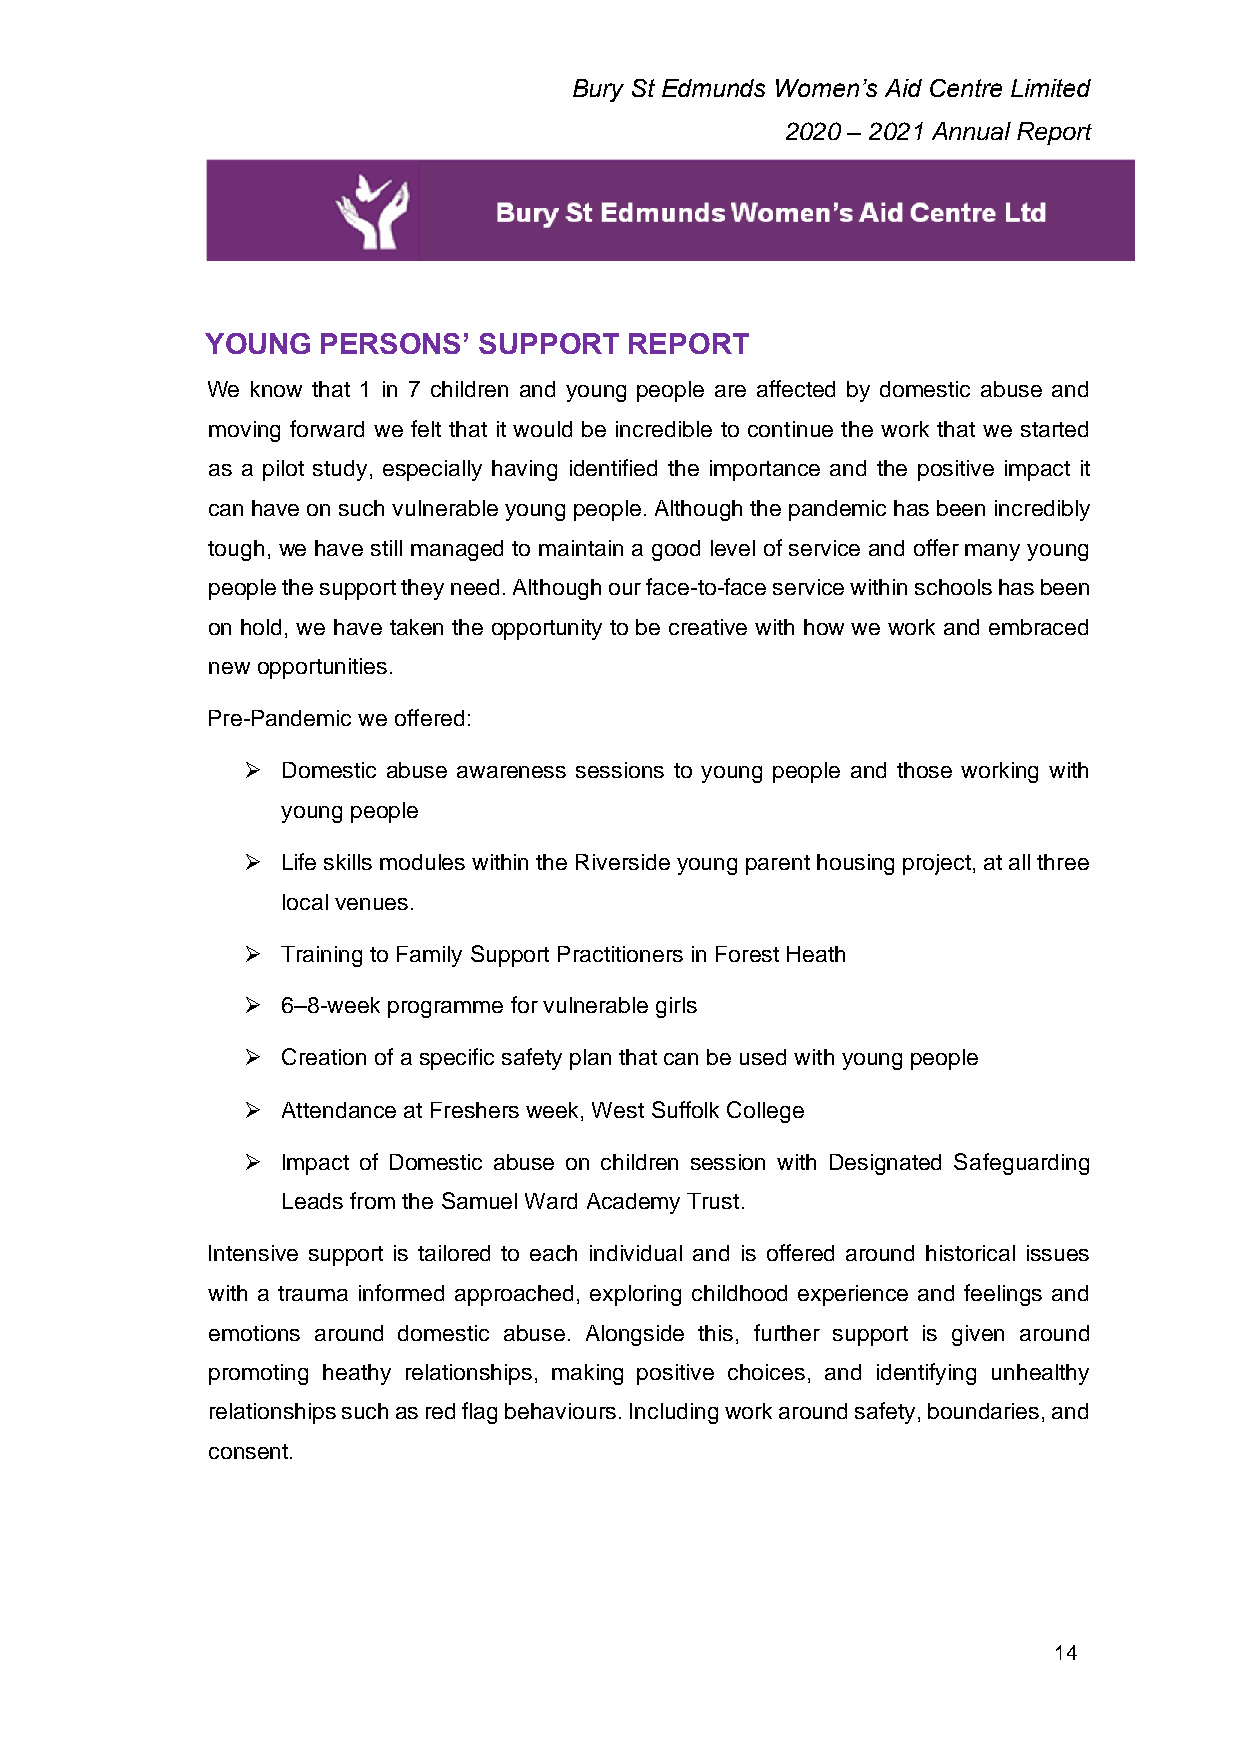
Bury St Edmunds Women’s Aid Centre Limited
 2020 – 2021 Annual Report
 YOUNG  PERSONS’   SUPPORT   REPORT
 We know that 1 in 7 children and young people are affected by domestic abuse and
 moving forward we felt that it would be incredible to continue the work that we started
 as a pilot study, especially having identified the importance and the positive impact it
 can have on such vulnerable young people. Although the pandemic has been incredibly
 tough, we have still managed to maintain a good level of service and offer many young
 people the support they need. Although our face-to-face service within schools has been
 on hold, we have taken the opportunity to be creative with how we work and embraced
 new opportunities.
 Pre-Pandemic we offered:
 ➢  Domestic abuse awareness sessions to young people and those working with
 young people
 ➢  Life skills modules within the Riverside young parent housing project, at all three
 local venues.
 ➢  Training to Family Support Practitioners in Forest Heath
 ➢  6–8-week programme for vulnerable girls
 ➢  Creation of a specific safety plan that can be used with young people
 ➢  Attendance at Freshers week, West Suffolk College
 ➢  Impact of Domestic abuse on children session with Designated Safeguarding
 Leads from the Samuel Ward Academy Trust.
 Intensive support is tailored to each individual and is offered around historical issues
 with a trauma informed approached, exploring childhood experience and feelings and
 emotions around domestic abuse. Alongside this, further support is given around
 promoting heathy relationships, making positive choices, and identifying unhealthy
 relationships such as red flag behaviours. Including work around safety, boundaries, and
 consent.
 14